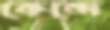
কেন্দে